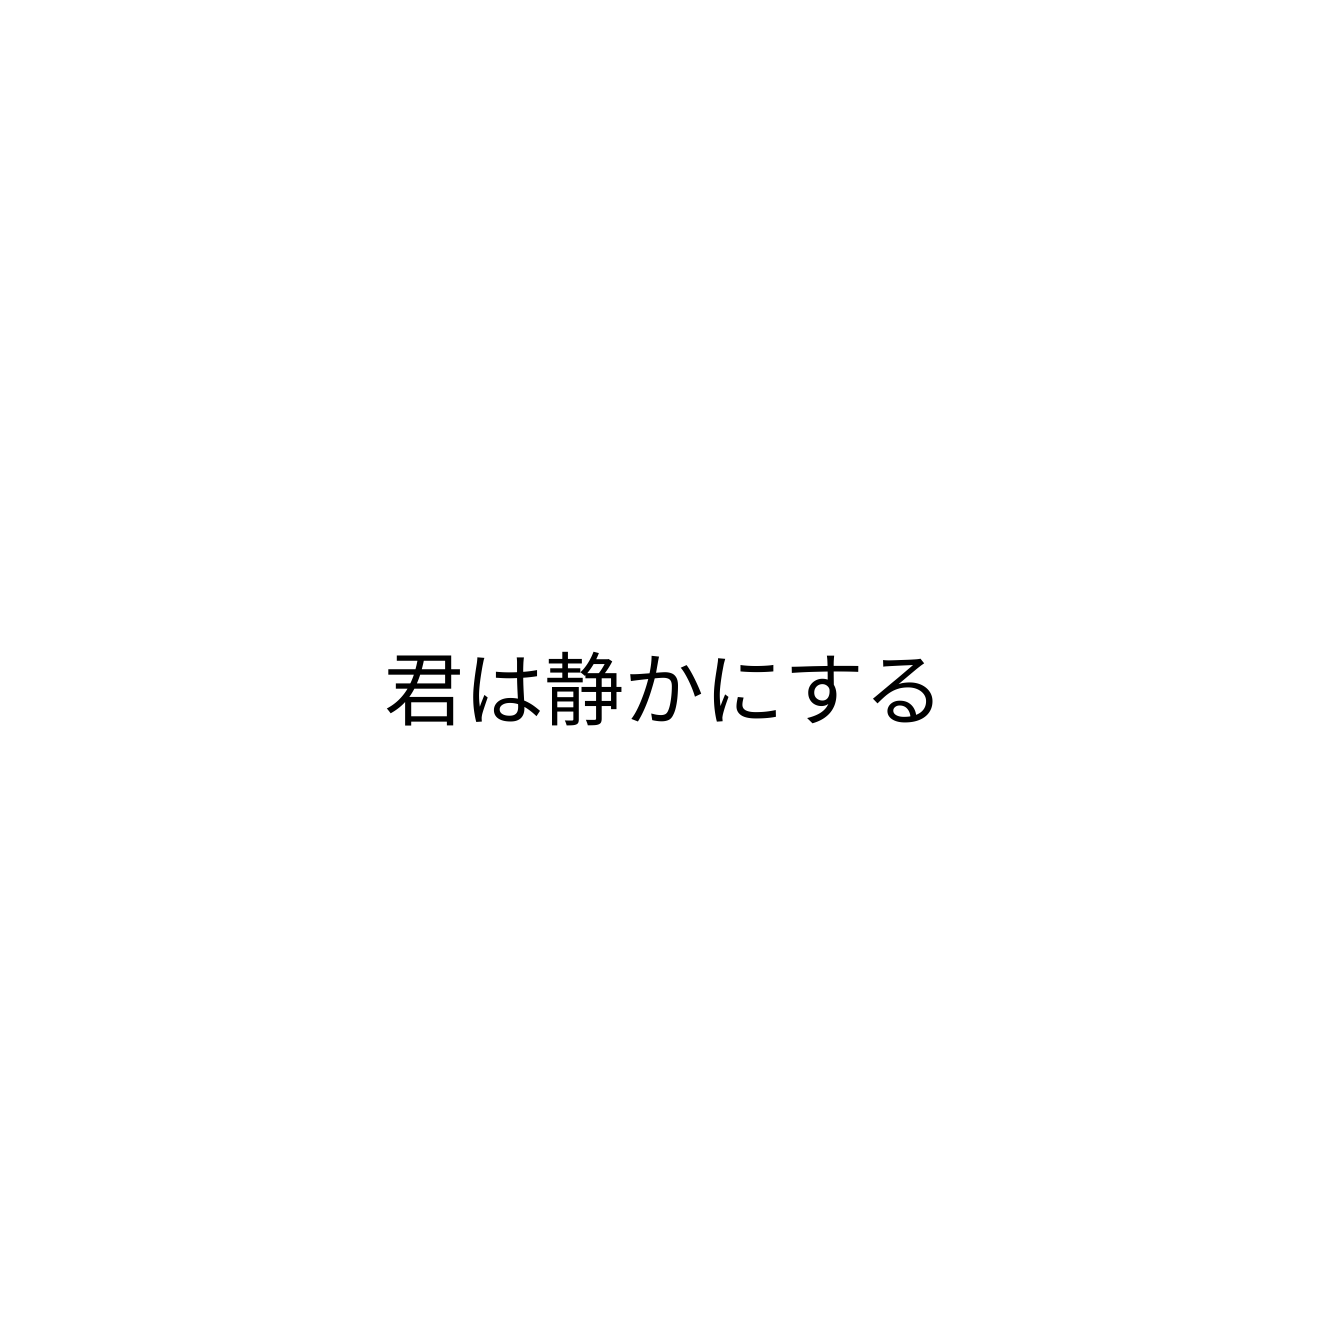
君は静かにする